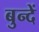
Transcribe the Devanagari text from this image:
बुन्दें